Medical and sanitary report of the native army of Bengal for the year
Year: 1874
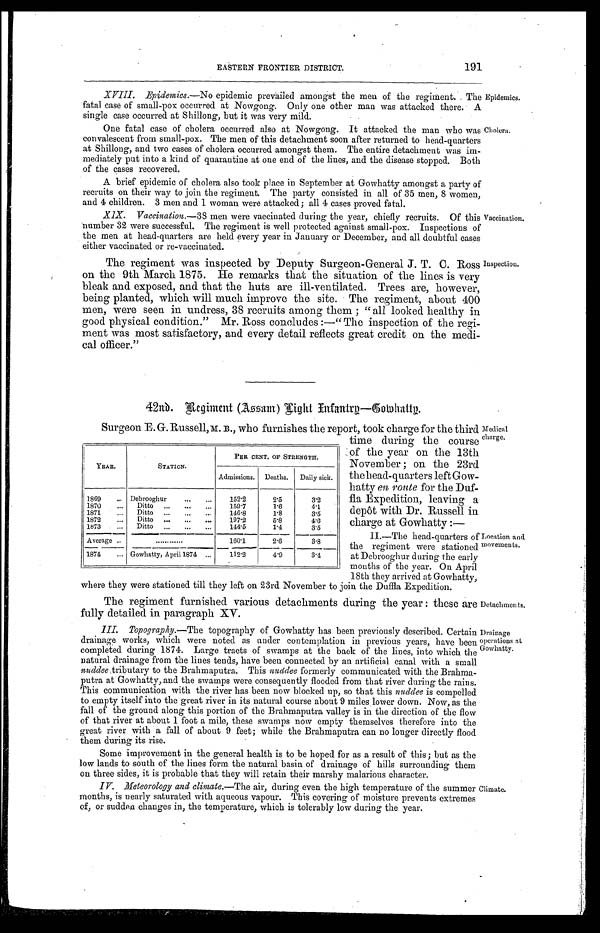
Medical
charge.
Location and
movements.
D etachm en ts.
Drainage
oaerations at
Gowhatty.
EASTERN FRONTIER DISTRICT.
191
XVIII. Epidemics.—No epidemic prevailed amongst the men of the regiment.
fatal case of small-pox occurred at Nowgong. Only one other man was attacked there.
single case occurred at Shillong, but it was very mild.
The Epidemics.
A
One fatal case of cholera occurred also at Nowgong. It attacked the man who was
convalescent from small-pox. The men of this detachment soon after returned to head-quarters
at Shillong, and two cases of cholera occurred amongst them. The entire detachment was im-
mediately put into a kind of quarantine at one end of the lines, and the disease stopped. Both
of the cases recovered.
A brief epidemic of cholera also took place in September at Gowhatty amongst a party of
recruits on their way to join the regiment. The party consisted in all of 35 men, 8 women,
and 4 children. 3 men and 1 woman were attacked; all 4 cases proved fatal.
XIX. Vaccination.-38 men were vaccinated during the year, chiefly recruits. Of this
number 32 were successful. The regiment is well protected against small-pox. Inspections of
the .men at head-quarters are held every year in January or December, and all doubtful cases
eithervaccinate
vacci nat ed
The regiment was inspected by Deputy Surgeon-General J. T. C. Ross
on the 9th March 1875. He remarks that the situation of the lines is very
bleak and exposed, and that the huts are ill-ventilated. Trees are, however,
being planted, which will much improve the site. The regiment, about 400
men, were seen in undress, 38 recruits among them; "all looked healthy in
good physical condition." Mr. Ross concludes:—" The inspection of the regi-
ment was most satisfactory, and every detail reflects great credit on the medi-
cal officer."
Cholera.
Vaccination.
Inspection.
42nd.
Re g i n m e n t ( A s s a m ) L i g h t I n f a n t r y — G o w h a t t y .
Surgeon E. G. Russell, M. B., who furnishes the report, took charge for the third
YEAR.
STATION.
PER CENT. OF STRENGTII
Admissions. Deaths. Daily sick.
1869
.. Debrooghur
...
...
152.2
2.5
3.2
1870
...
Ditto ...
...
...
150.7
1.6
4.1
1871
... Ditto ...
...
146.8
1.8
3.5
1872
...
Ditto ...
...
...
197.2
5.8
4 . 6
1873
... Ditto ...
...
...
144.5
1.4
3.5
Average ..
160.1 4 2.6
3.8
1874
... Gowhatty, Apri11874 ...
112.2
4.9
3.4
time during the course
of the year on the. 13th
November ; on the 23rd
the head-quarters left Gow-
hatty en route for the
Duffla Expedition, leaving a
depot with Dr. Russell in
charge at Gowhatty
II.—The head-quarters of
the regiment were stationed
at Debrooghur during the early
months of the year. On April
18th they arrived at Gowhatty,
where they were stationed till they left on 23rd November to join the Diffla Expedition.
The regiment furnished various detachments during the year: these are
fully detailed in paragraph XV.
III. Topography.—The topography of Gowhatty has been previously described. Certain
drainage works, which were noted as under contemplation in previous years, have been
completed during 1874. Large tracts of swamps at the back of the lines, into which the
natural drainage from the lines tends, have been connected by an artificial canal with a small
nuddee_tributary to the Brahmaputra. This nuddee formerly communicated with the Brahma-
putra at Gowhatty, and the swamps were consequently flooded from that river during the rains.
This communication with the river has been now blocked up, so that this nuddee is compelled
to empty itself into the great river in its natural course about 9 miles lower down. Now, as the
fall of the ground along this portion of the Brahmaputra valley is in the direction of the flow
of that river at about 1 foot a mile, these swamps now empty themselves therefore into the
great river with a fall of about 9 feet; while the Brahmaputra can no longer directly flood
them during its rise.
Some improvement in the general health is to be hoped for as a result of this; but as the
low lands to south of the lines form the natural basin of drainage of hills surrounding them
on three sides, it is probable that they will retain their marshy malarious character.
IV. Meteorology and climate.—The air, during even the high temperature of the summer
months, is nearly saturated with aqueous vapour. This covering of moisture prevents extremes
of, or sudden changes in, the temperature, which is tolerably low during the year.
Climate.